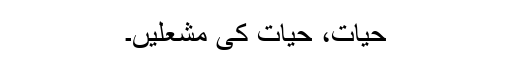
حیات، حیات کی مشعلیں۔